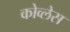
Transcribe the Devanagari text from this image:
कोव्लेस